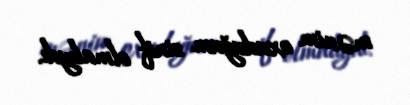
mənim oxuduğum sinif olmalıydı.